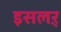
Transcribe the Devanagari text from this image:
इसलऱ़